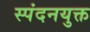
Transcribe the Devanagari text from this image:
स्पंदनयुक्त